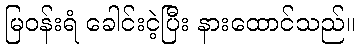
မြဝန်းရံ ခေါင်းငဲ့ပြီး နားထောင်သည်။